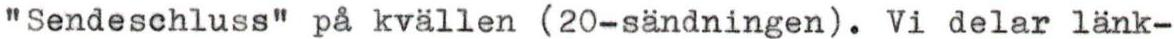
"Sendeschluss" på kvällen (20-sändningen). Vi delar länk-